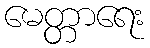
မေတ္တာရေး